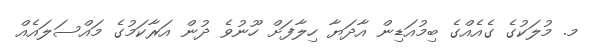
މ. މުލަކުގެ ގެއެއްގެ ބިމުއަޑިން އާދަޔާ ހިލާފަށް ހޫނުވެ ދުން އަރާކަމުގެ މައްސަލައެއް